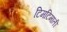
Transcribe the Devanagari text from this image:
टिमटिमाती